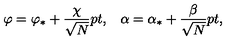
\varphi = \varphi _ { * } + { \frac { \chi } { \sqrt { N } } } \raise 2 p t \mathrm { , } \quad \alpha = \alpha _ { * } + { \frac { \beta } { \sqrt { N } } } \raise 2 p t \mathrm { , }